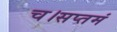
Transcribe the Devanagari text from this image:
च।सप्तमं